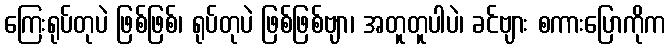
ကြေးရုပ်တုပဲ ဖြစ်ဖြစ်၊ ရုပ်တုပဲ ဖြစ်ဖြစ်ဗျာ၊ အတူတူပါပဲ၊ ခင်ဗျား စကားပြောကိုက